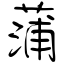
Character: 蒲